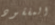
المفقود